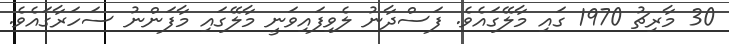
30 މާރިޗު 1970 ގައި މާލޭގައެވެ. ފަސްދާނު ލެވިފައިވަނީ މާލޭގައި މާފަންނު ސަހަރާގައެވެ.